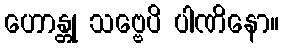
ဟောန္တု သဗ္ဗေပိ ပါဏိနော။